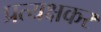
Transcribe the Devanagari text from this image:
प्रत्यक्षकर